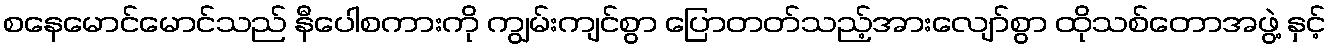
စနေမောင်မောင်သည် နီပေါစကားကို ကျွမ်းကျင်စွာ ပြောတတ်သည့်အားလျော်စွာ ထိုသစ်တောအဖွဲ့ နှင့်